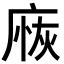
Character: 𢉸